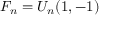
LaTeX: F _ { n } = U _ { n } ( 1 , - 1 )